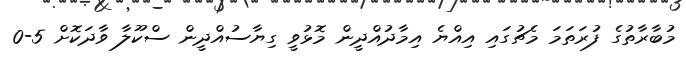
މުބާރާތުގެ ފުރަތަމަ މެޗުގައި އިއްޔެ އިމާދުއްދީން މޮޅުވީ ގިޔާސުއްދީން ސްކޫލާ ވާދަކޮށް 5-0